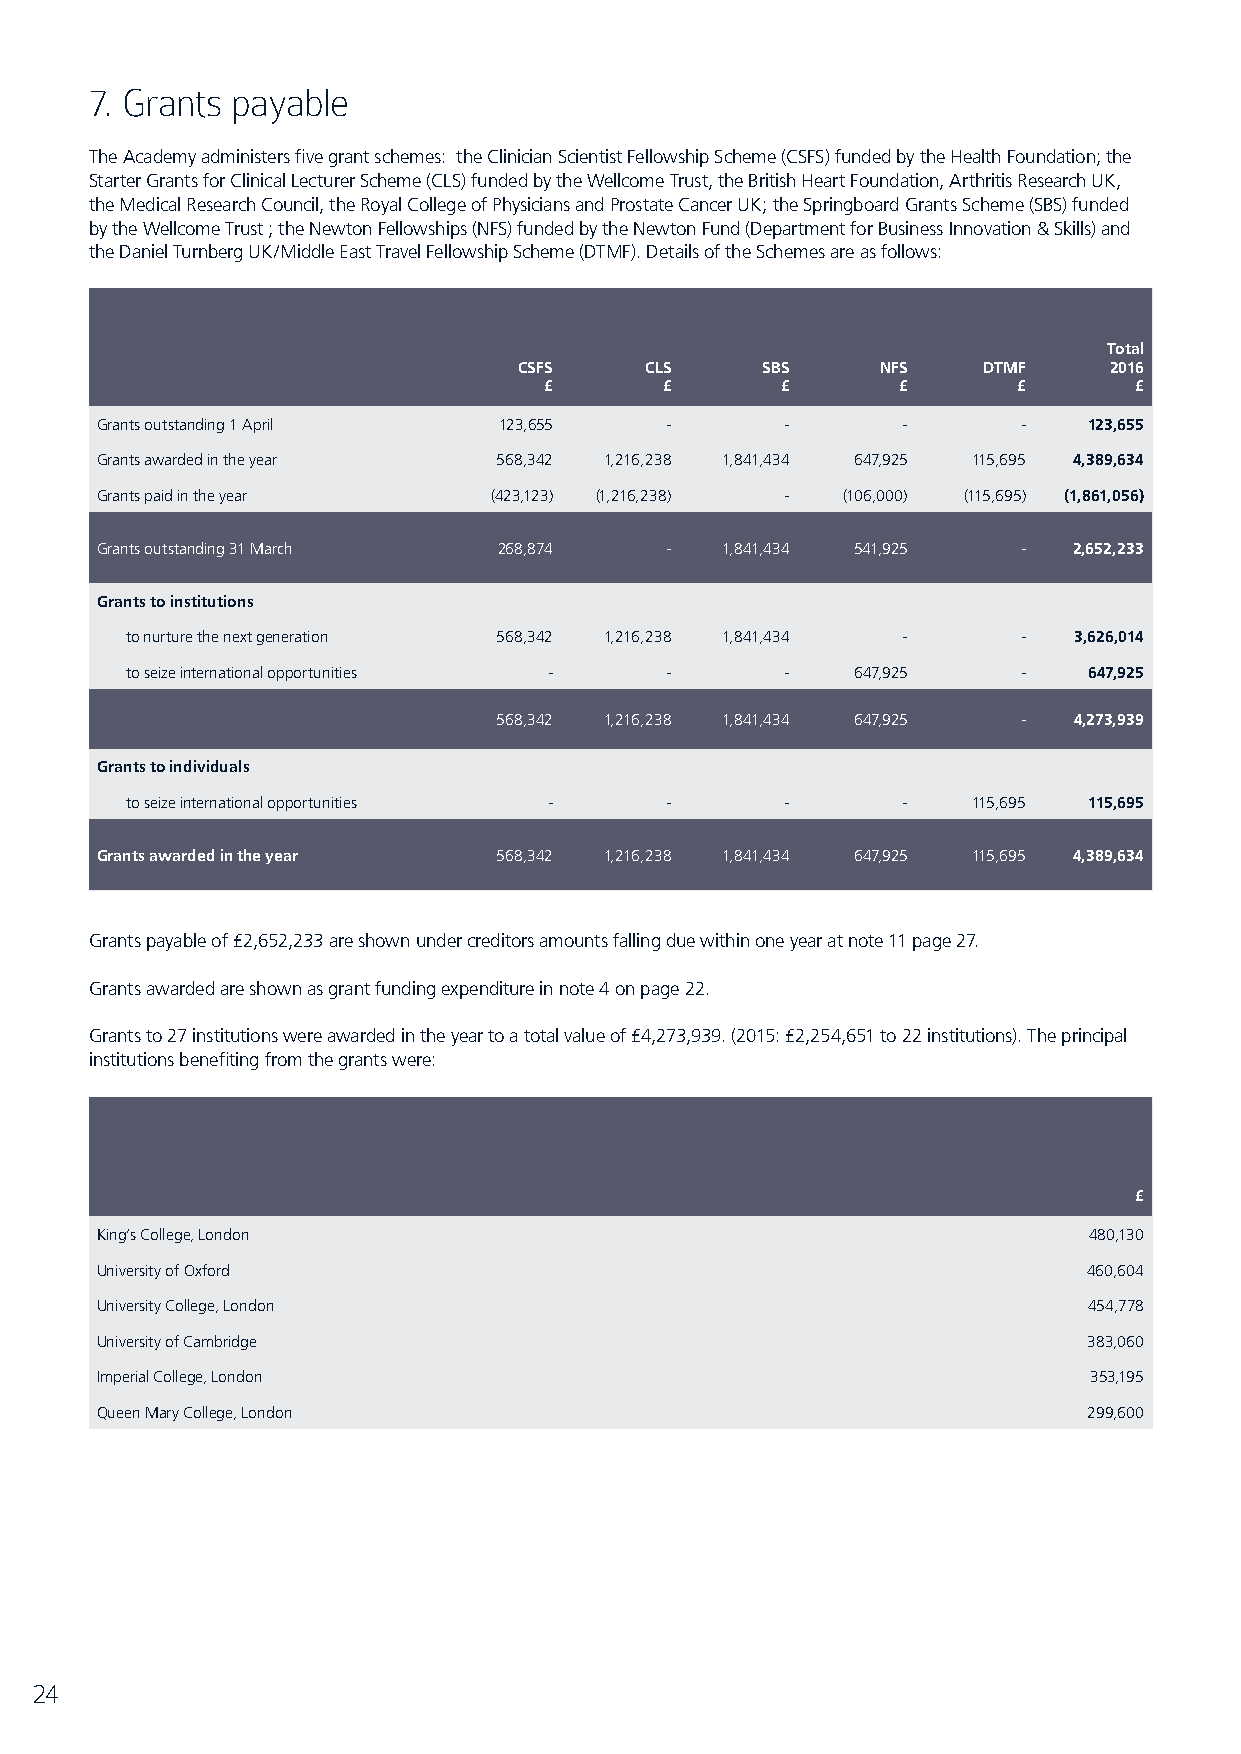
7. Grants payable
 The Academy administers five grant schemes: the Clinician Scientist Fellowship Scheme (CSFS) funded by the Health Foundation; the
 Starter Grants for Clinical Lecturer Scheme (CLS) funded by the Wellcome Trust, the British Heart Foundation, Arthritis Research UK,
 the Medical Research Council, the Royal College of Physicians and Prostate Cancer UK; the Springboard Grants Scheme (SBS) funded
 by the Wellcome Trust ; the Newton Fellowships (NFS) funded by the Newton Fund (Department for Business Innovation & Skills) and
 the Daniel Turnberg UK/Middle East Travel Fellowship Scheme (DTMF). Details of the Schemes are as follows:
 Total
 CSFS     CLS    SBS     NFS    DTMF    2016
 £       £       £      £       £       £
 Grants outstanding 1 April 123,655    -       -       -       -   123,655
 Grants awarded in the year 568,342 1,216,238 1,841,434 647,925 115,695 4,389,634
 Grants paid in the year    (423,123) (1,216,238) - (106,000) (115,695) (1,861,056)
 Grants outstanding 31 March 268,874   -   1,841,434 541,925   -  2,652,233
 Grants to institutions
 to nurture the next generation 568,342 1,216,238 1,841,434 - - 3,626,014
 to seize international opportunities - -    -   647,925     -   647,925
 568,342 1,216,238 1,841,434 647,925 - 4,273,939
 Grants to individuals
 to seize international opportunities - -    -       -   115,695 115,695
 Grants awarded in the year 568,342 1,216,238 1,841,434 647,925 115,695 4,389,634
 Grants payable of £2,652,233 are shown under creditors amounts falling due within one year at note 11 page 27.
 Grants awarded are shown as grant funding expenditure in note 4 on page 22.
 Grants to 27 institutions were awarded in the year to a total value of £4,273,939. (2015: £2,254,651 to 22 institutions). The principal
 institutions benefiting from the grants were:
 £
 King’s College, London                                            480,130
 University of Oxford                                              460,604
 University College, London                                        454,778
 University of Cambridge                                           383,060
 Imperial College, London                                          353,195
 Queen Mary College, London                                        299,600
 24